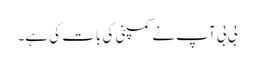
بی بی آپ نے کمپنی کی بات کی ہے۔